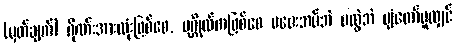
(မှတ်ချက်) ဂိုဏ်းအားလုံးဖြစ်စေ, ပုဂ္ဂိုလ်ကဖြစ်စေ မပေးအပ်ဘဲ မလွှဲဘဲ ပျံတော်မူလျှင်